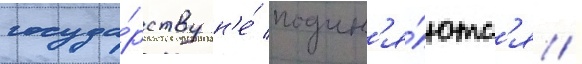
госуда́рству н'е́ подчин'я́ютс'я /